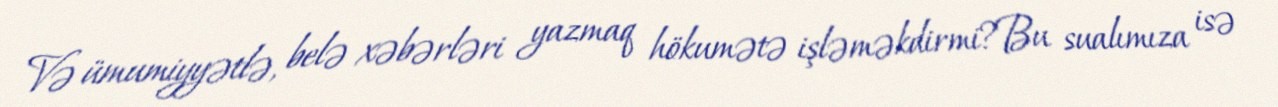
Və ümumiyyətlə, belə xəbərləri yazmaq hökumətə işləməkdirmi?Bu sualımıza isə